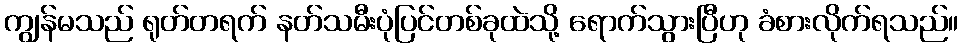
ကျွန်မသည် ရုတ်တရက် နတ်သမီးပုံပြင်တစ်ခုထဲသို့ ရောက်သွားပြီဟု ခံစားလိုက်ရသည်။